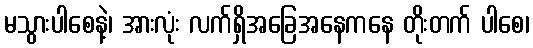
မသွားပါစေနဲ့၊ အားလုံး လက်ရှိအခြေအနေကနေ တိုးတက် ပါစေ၊